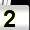
Digit: 2